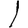
Digit: 1